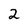
Character: 2